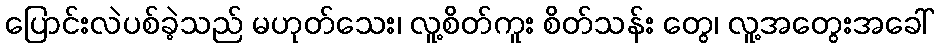
ပြောင်းလဲပစ်ခဲ့သည် မဟုတ်သေး၊ လူ့စိတ်ကူး စိတ်သန်း တွေ၊ လူ့အတွေးအခေါ်